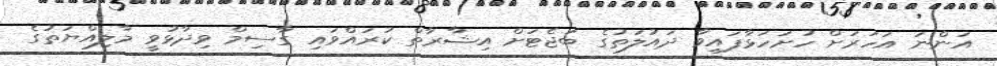
އަންނަ އަހަރަށް ހުށަހަޅާފައިވާ ދައުލަތުގެ ބަޖެޓަށް އިޝާރާތް ކުރައްވައި ގާސިމް ވިދާޅުވީ މާލިއްޔަތުގެ